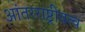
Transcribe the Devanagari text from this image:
आंतरराष्ट्रीयत्व